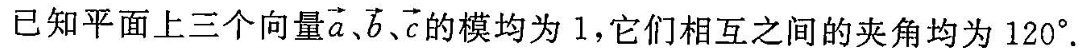
已知平面上三个向量 \overrightarrow{a}, \overrightarrow{b}, \overrightarrow{c}的模均为1，它们相互之间的夹角均为120°.